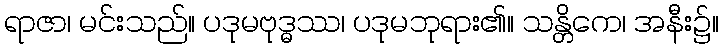
ရာဇာ၊ မင်းသည်။ ပဒုမဗုဒ္ဓဿ၊ ပဒုမဘုရား၏။ သန္တိကေ၊ အနီး၌။